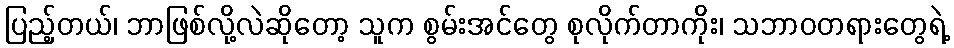
ပြည့်တယ်၊ ဘာဖြစ်လို့လဲဆိုတော့ သူက စွမ်းအင်တွေ စုလိုက်တာကိုး၊ သဘာဝတရားတွေရဲ့